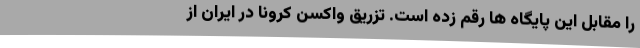
را مقابل این پایگاه ها رقم زده است. تزریق واکسن کرونا در ایران از